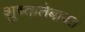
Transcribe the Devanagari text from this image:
शुष्कतेबाबत